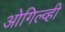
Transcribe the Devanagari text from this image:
ओगिल्व्ही